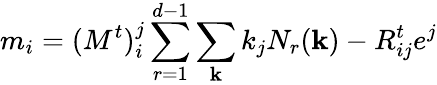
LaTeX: m_{i}=(M^{t})_{i}^{j}\sum_{r=1}^{d-1}\sum_{\mathbf k}k_{j}N_{r}({\mathbf k})-R_{ij}^{t}e^{j}